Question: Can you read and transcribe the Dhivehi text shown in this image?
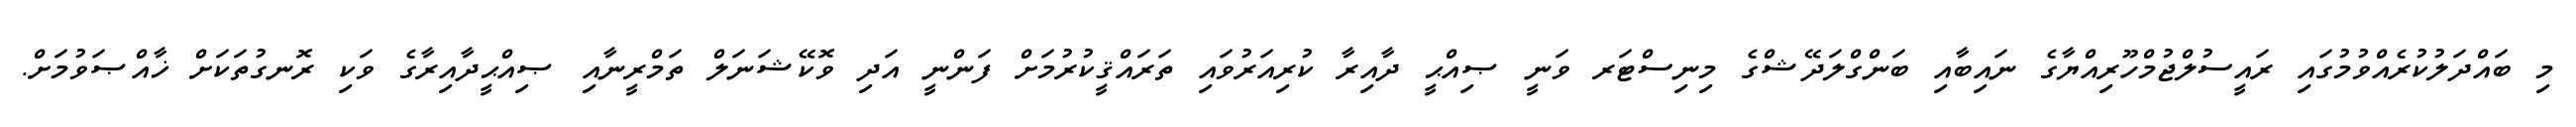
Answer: މި ބައްދަލުކުރެއްވުމުގައި ރައީސުލްޖުމްހޫރިއްޔާގެ ނައިބާއި ބަންގްލަދޭޝްގެ މިނިސްޓަރ ވަނީ ޞިއްޙީ ދާއިރާ ކުރިއަރުވައި ތަރައްޤީކުރުމަށް ފަންނީ އަދި ވޮކޭޝަނަލް ތަމްރީނާއި ޞިއްޙީދާއިރާގެ ވަކި ރޮނގުތަކަށް ޚާއްޞަވުމަށް.